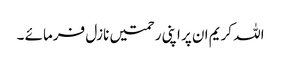
اللہ کریم ان پر اپنی رحمتیں نازل فرمائے ۔